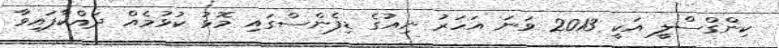
ކިންގްސްލީ އަކީ 2013 ވަނަ އަހަރު ނިއުގެ ޑިފެންސްގައި މޮޅު ކުޅުމެއް ދައްކާފައިވާ